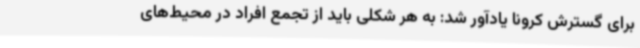
برای گسترش کرونا یادآور شد: به هر شکلی باید از تجمع افراد در محیط‌های